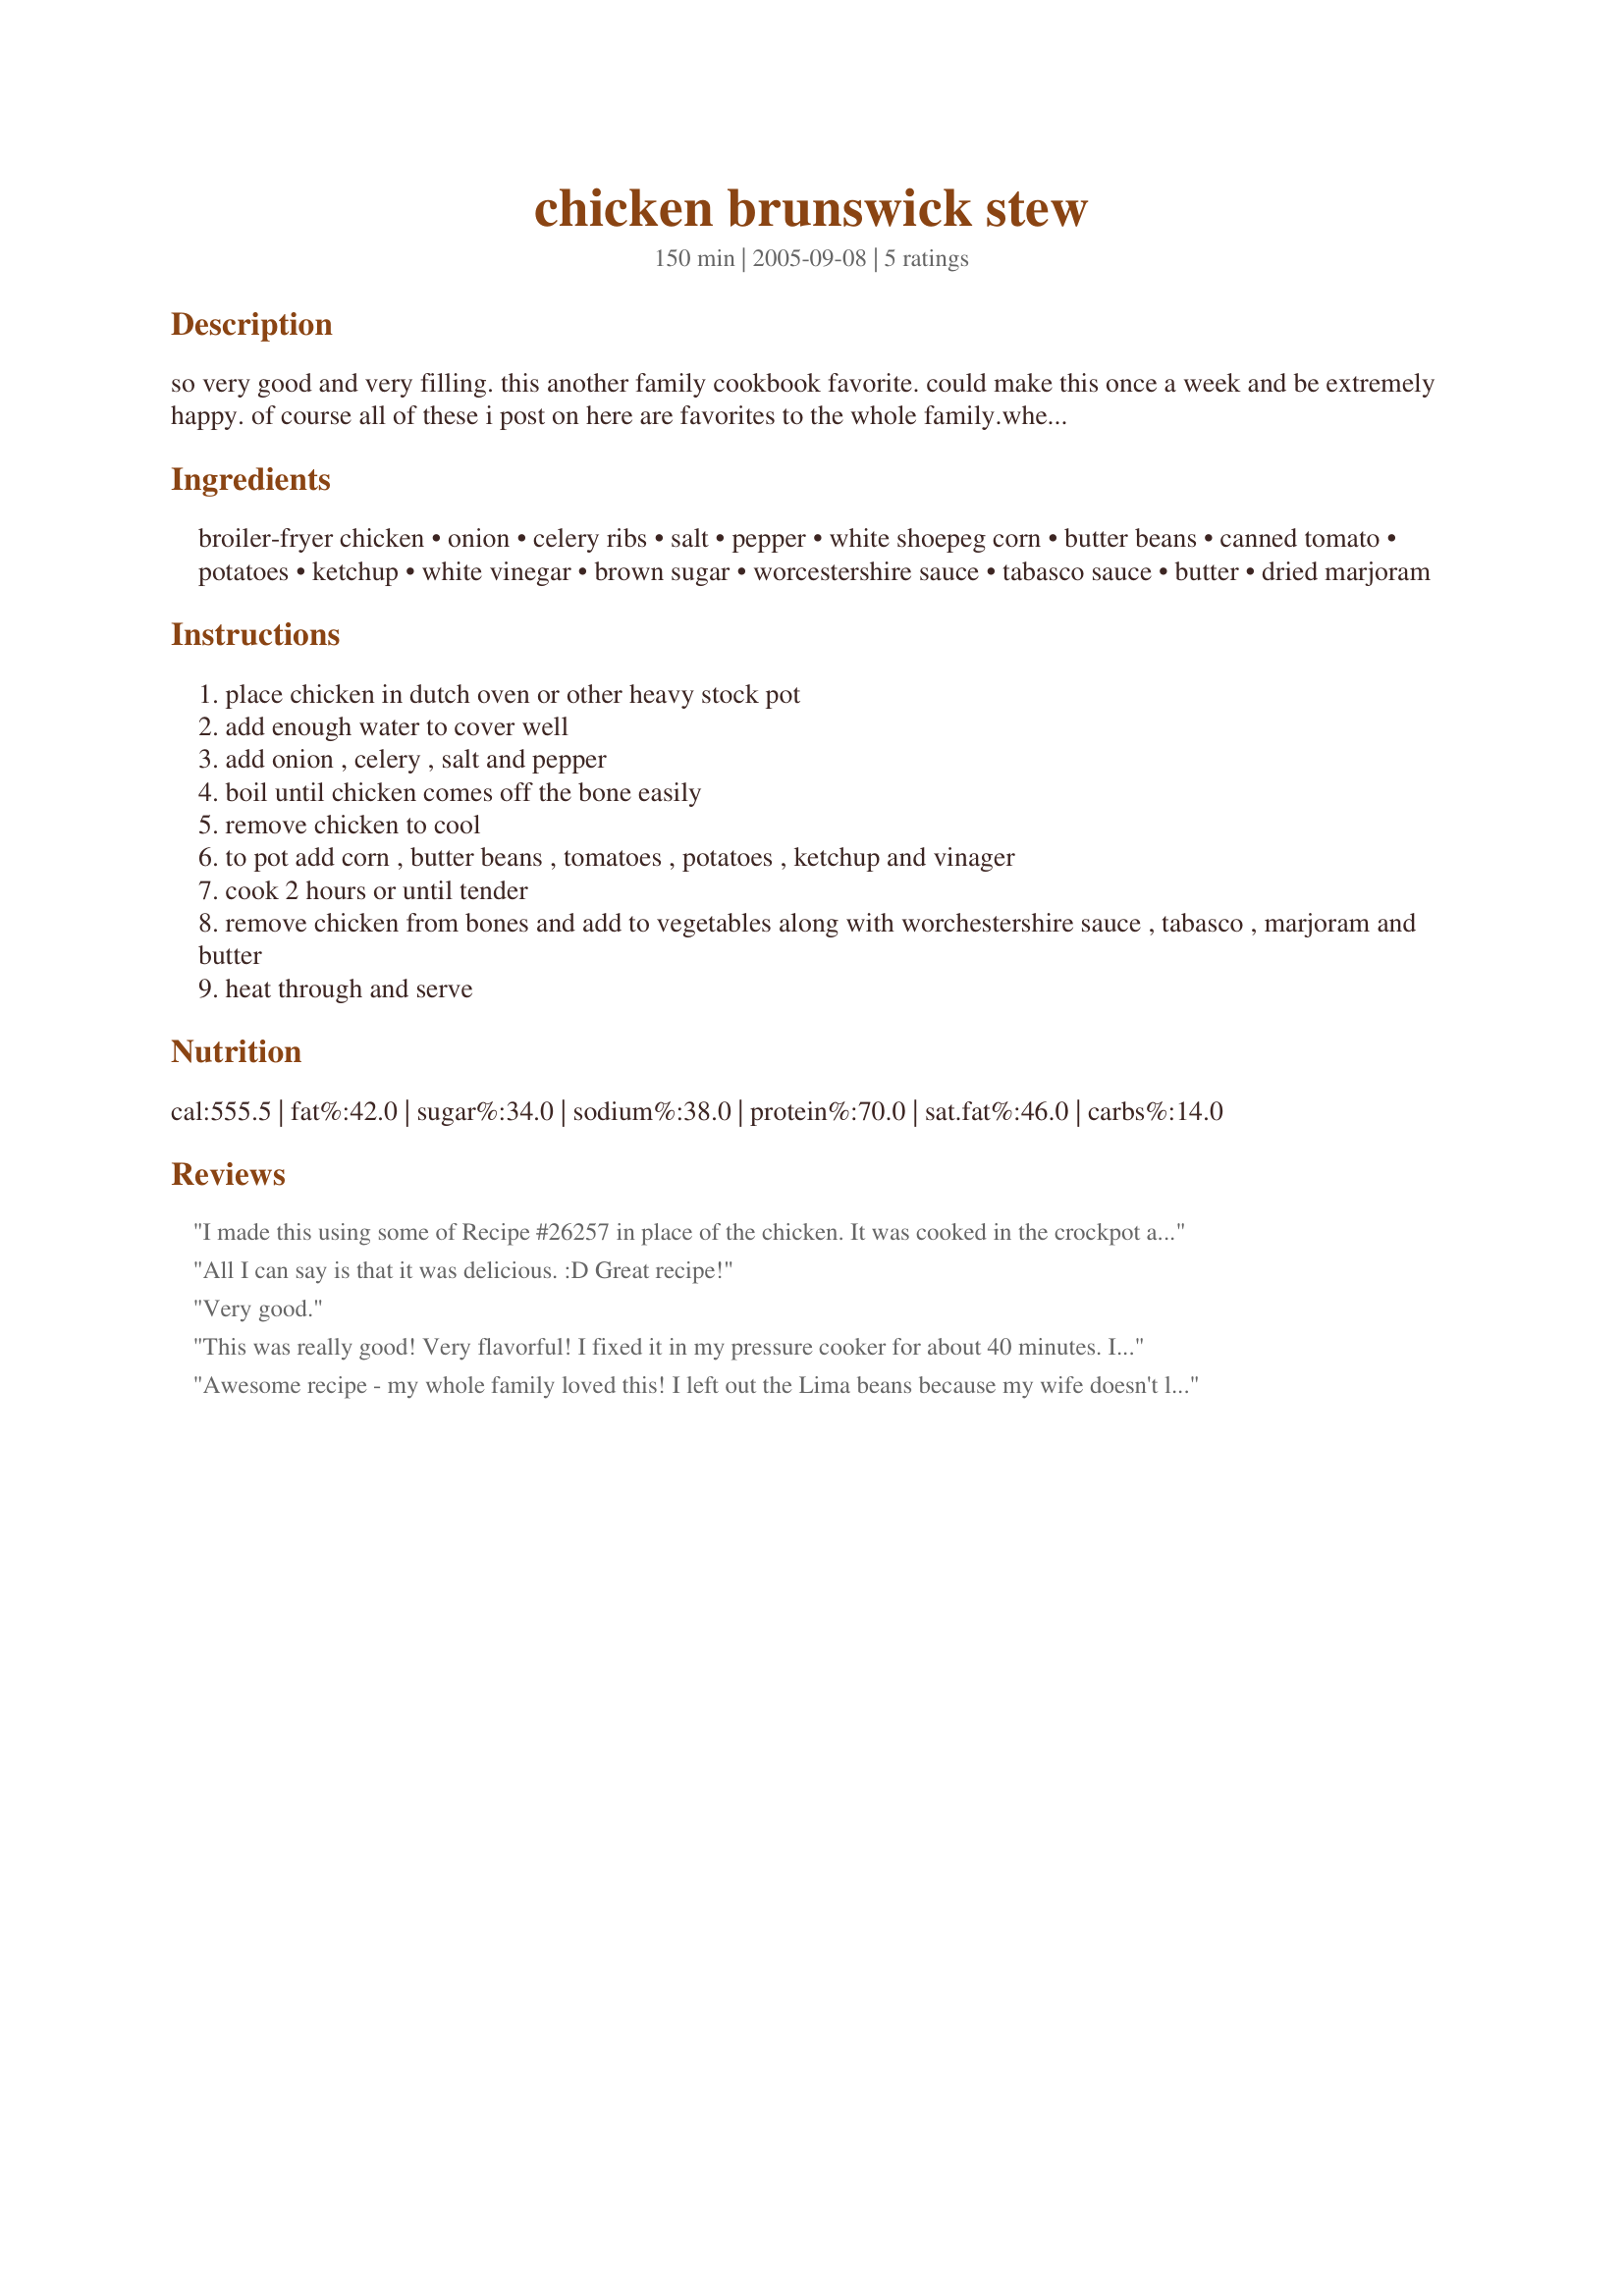
chicken brunswick stew
Preparation time: 150 minutes

so very good and very filling. this another family cookbook favorite. could make this once a week and be extremely happy. of course all of these i post on here are favorites to the whole family.when you have young ones in the house, good recipes are keepers.

Ingredients:
broiler-fryer chicken, onion, celery ribs, salt, pepper, white shoepeg corn, butter beans, canned tomato, potatoes, ketchup, white vinegar, brown sugar, worcestershire sauce, tabasco sauce, butter, dried marjoram

Steps:
place chicken in dutch oven or other heavy stock pot
add enough water to cover well
add onion , celery , salt and pepper
boil until chicken comes off the bone easily
remove chicken to cool
to pot add corn , butter beans , tomatoes , potatoes , ketchup and vinager
cook 2 hours or until tender
remove chicken from bones and add to vegetables along with worchestershire sauce , tabasco , marjoram and butter
heat through and serve

Reviews:
I made this using some of Recipe #26257 in place of the chicken. It was cooked in the crockpot all day and made a delicious evening meal. As with a lot of crockpot dishes, leftovers were even better. Thanks for posting.
All I can say is that it was delicious. :D Great recipe!
Very good.
This was really good! Very flavorful! I fixed it in my pressure cooker for about 40 minutes. I used one chicken breast and a ham bone that I had in my freezer with about 3 cups of water along with the onion, stewed tomatoes, catsup, worcestershire sauce, vinegar, tabasco and brown sugar. When tender I removed the meat and I used canned butter beans, lima beans, and a can of corn that I drained along with the celery and majoram and potatoes and cooked for an extra three minutes in the pressure cooker. When finished, I added back in the meat. Yum!
Awesome recipe - my whole family loved this! I left out the Lima beans because my wife doesn't like them, but otherwise followed the recipe.
